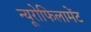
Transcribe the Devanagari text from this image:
न्यूरोफिलामेंट